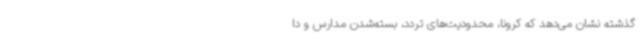
گذشته نشان می‌دهد که کرونا، محدودیت‌های تردد، بسته‌شدن مدارس و دا